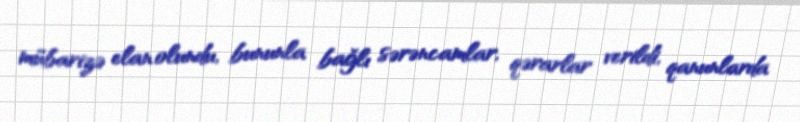
mübarizə elan olundu, bununla bağlı sərəncamlar, qərarlar verildi, qanunlarda